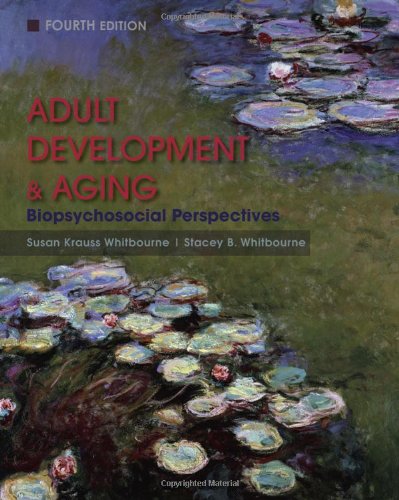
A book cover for Adult Development and Aging: Biopsychosocial Perspectives; Susan Krauss Whitbourne; Politics & Social Sciences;